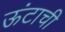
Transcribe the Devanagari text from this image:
ऊंटाची